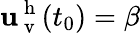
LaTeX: \mathbf{u}_{\mathrm{{~v~}}}^{\mathrm{{~h~}}}(t_{0})=\beta